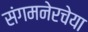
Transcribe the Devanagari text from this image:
संगमनेरचेया